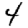
Digit: 4